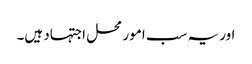
اور یہ سب امور محل اجتہاد ہیں۔